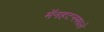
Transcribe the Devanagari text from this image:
मॅनहटनमधले